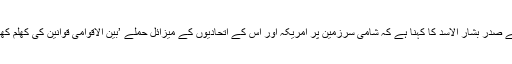
دوسری جانب شام کے صدر بشار الاسد کا کہنا ہے کہ شامی سرزمین پر امریکہ اور اس کے اتحادیوں کے میزائل حملے ’بین الاقوامی قوانین کی کھلم کھلا خلاف ورزی ہے‘۔